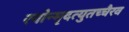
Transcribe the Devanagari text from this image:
रगोन्मृदत्युतच्चैरव